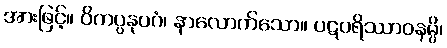
အားဖြင့်။ ဝိကပ္ပနုပဂံ၊ နာလောက်သော။ ပဋပရိဿာဝနမ္ပိ၊